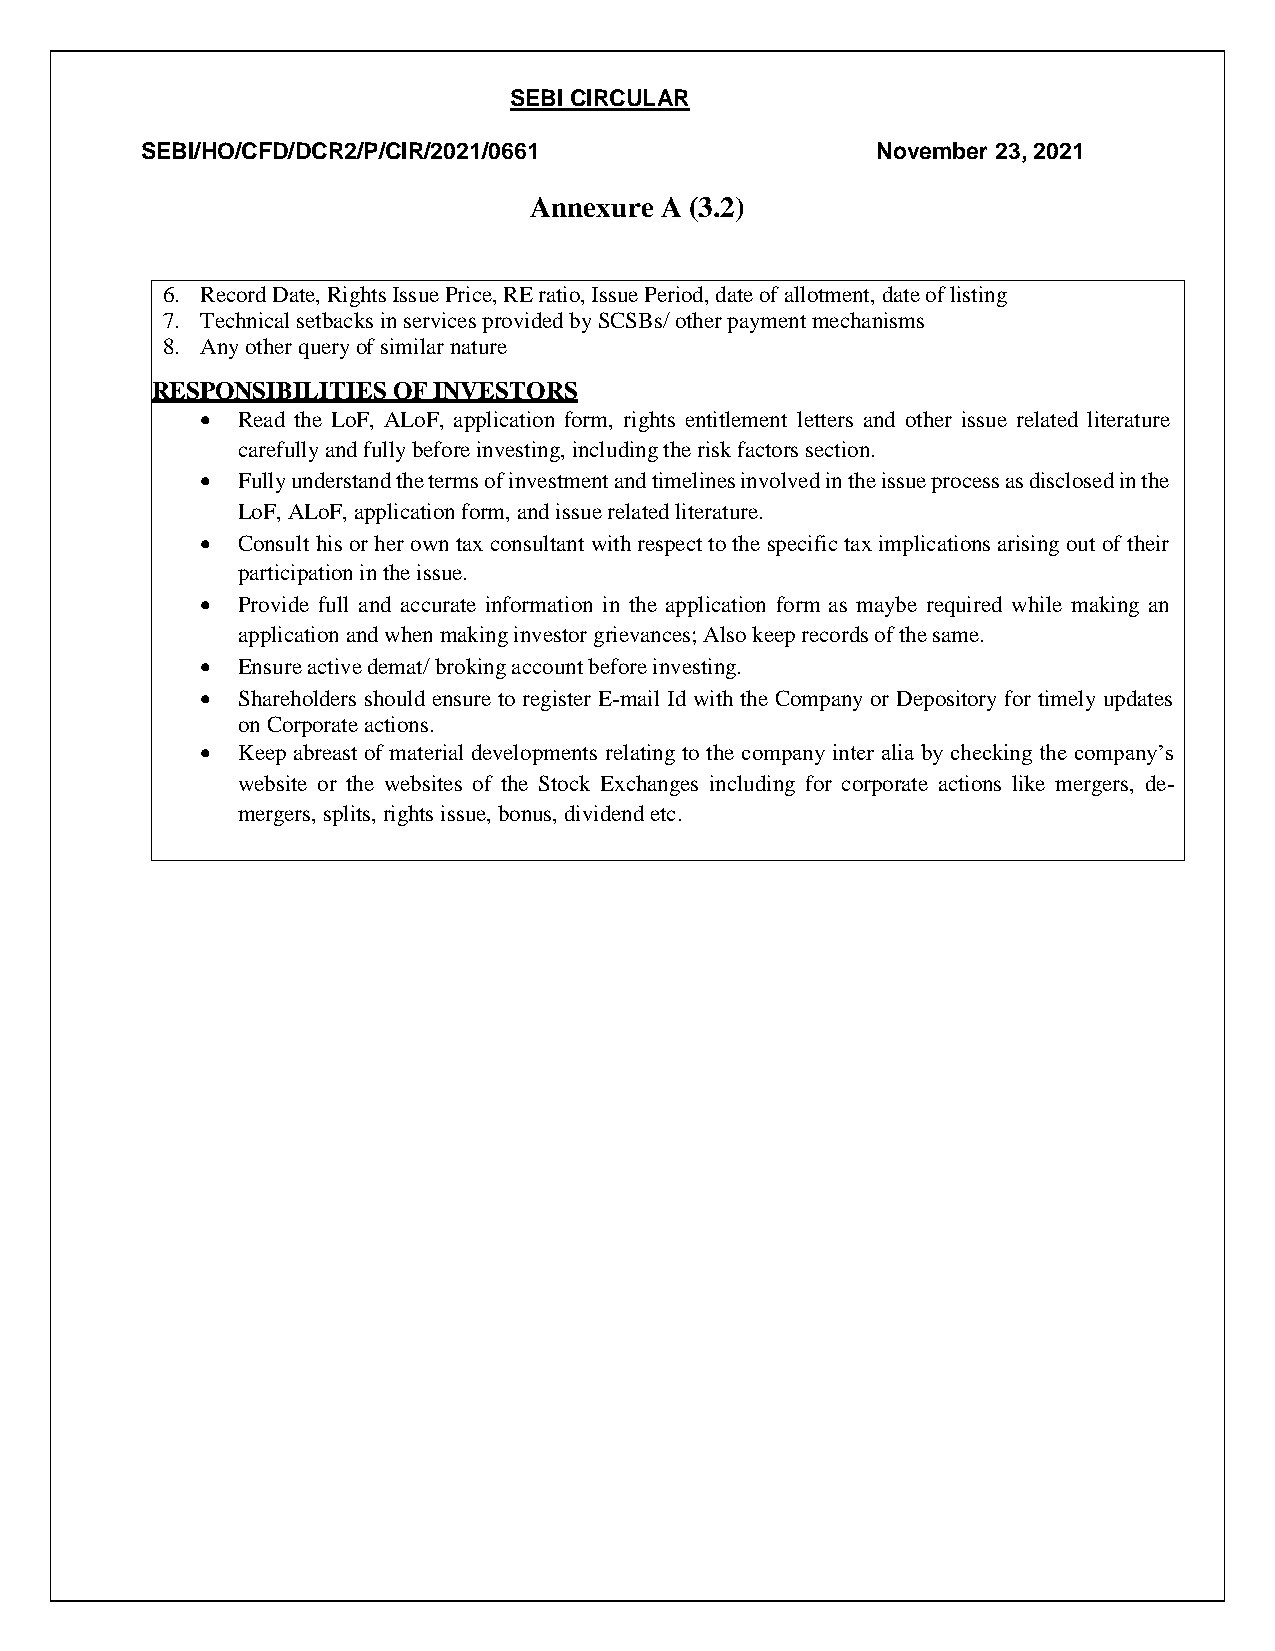
SEBI CIRCULAR
 SEBI/HO/CFD/DCR2/P/CIR/2021/0661                 November 23, 2021
 Annexure A (3.2)
 6. Record Date, Rights Issue Price, RE ratio, Issue Period, date of allotment, date of listing
 7. Technical setbacks in services provided by SCSBs/ other payment mechanisms
 8. Any other query of similar nature
 RESPONSIBILITIES OF INVESTORS
   Read the LoF, ALoF, application form, rights entitlement letters and other issue related literature
 carefully and fully before investing, including the risk factors section.
   Fully understand the terms of investment and timelines involved in the issue process as disclosed in the
 LoF, ALoF, application form, and issue related literature.
   Consult his or her own tax consultant with respect to the specific tax implications arising out of their
 participation in the issue.
   Provide full and accurate information in the application form as maybe required while making an
 application and when making investor grievances; Also keep records of the same.
   Ensure active demat/ broking account before investing.
   Shareholders should ensure to register E-mail Id with the Company or Depository for timely updates
 on Corporate actions.
   Keep abreast of material developments relating to the company inter alia by checking the company’s
 website or the websites of the Stock Exchanges including for corporate actions like mergers, de-
 mergers, splits, rights issue, bonus, dividend etc.